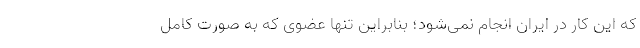
که این کار در ایران انجام نمی‌شود؛ بنابراین تنها عضوی که به صورت کامل